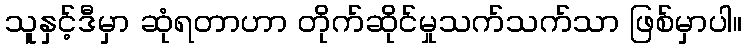
သူနှင့်ဒီမှာ ဆုံရတာဟာ တိုက်ဆိုင်မှုသက်သက်သာ ဖြစ်မှာပါ။